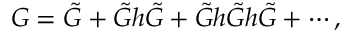
G = \tilde { G } + \tilde { G } h \tilde { G } + \tilde { G } h \tilde { G } h \tilde { G } + \cdots ,